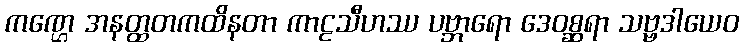
ကဏ္ဌေ အနတ္ထတကထိနတာ ကာဠသီဟဿ ပဗ္ဘာရော ဒေဝစ္ဆရာ သဗ္ဗဒါယေဝ